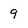
Character: 9